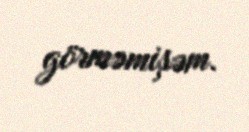
görməmişəm.